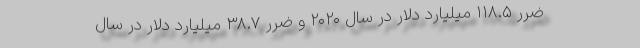
ضرر ۱۱۸.۵ میلیارد دلار در سال ۲۰۲۰ و ضرر ۳۸.۷ میلیارد دلار در سال